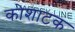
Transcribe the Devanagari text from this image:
कोशाटक